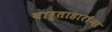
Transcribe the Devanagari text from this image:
वार्ताहारांना